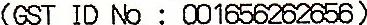
(GST ID NO : 001656262656)